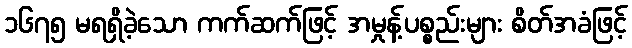
၁၆၇၅ မရရှိခဲ့သော ကက်ဆက်ဖြင့် အမှုန့်ပစ္စည်းများ စိတ်အခံဖြင့်